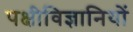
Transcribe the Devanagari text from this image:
पक्षीविज्ञानियों